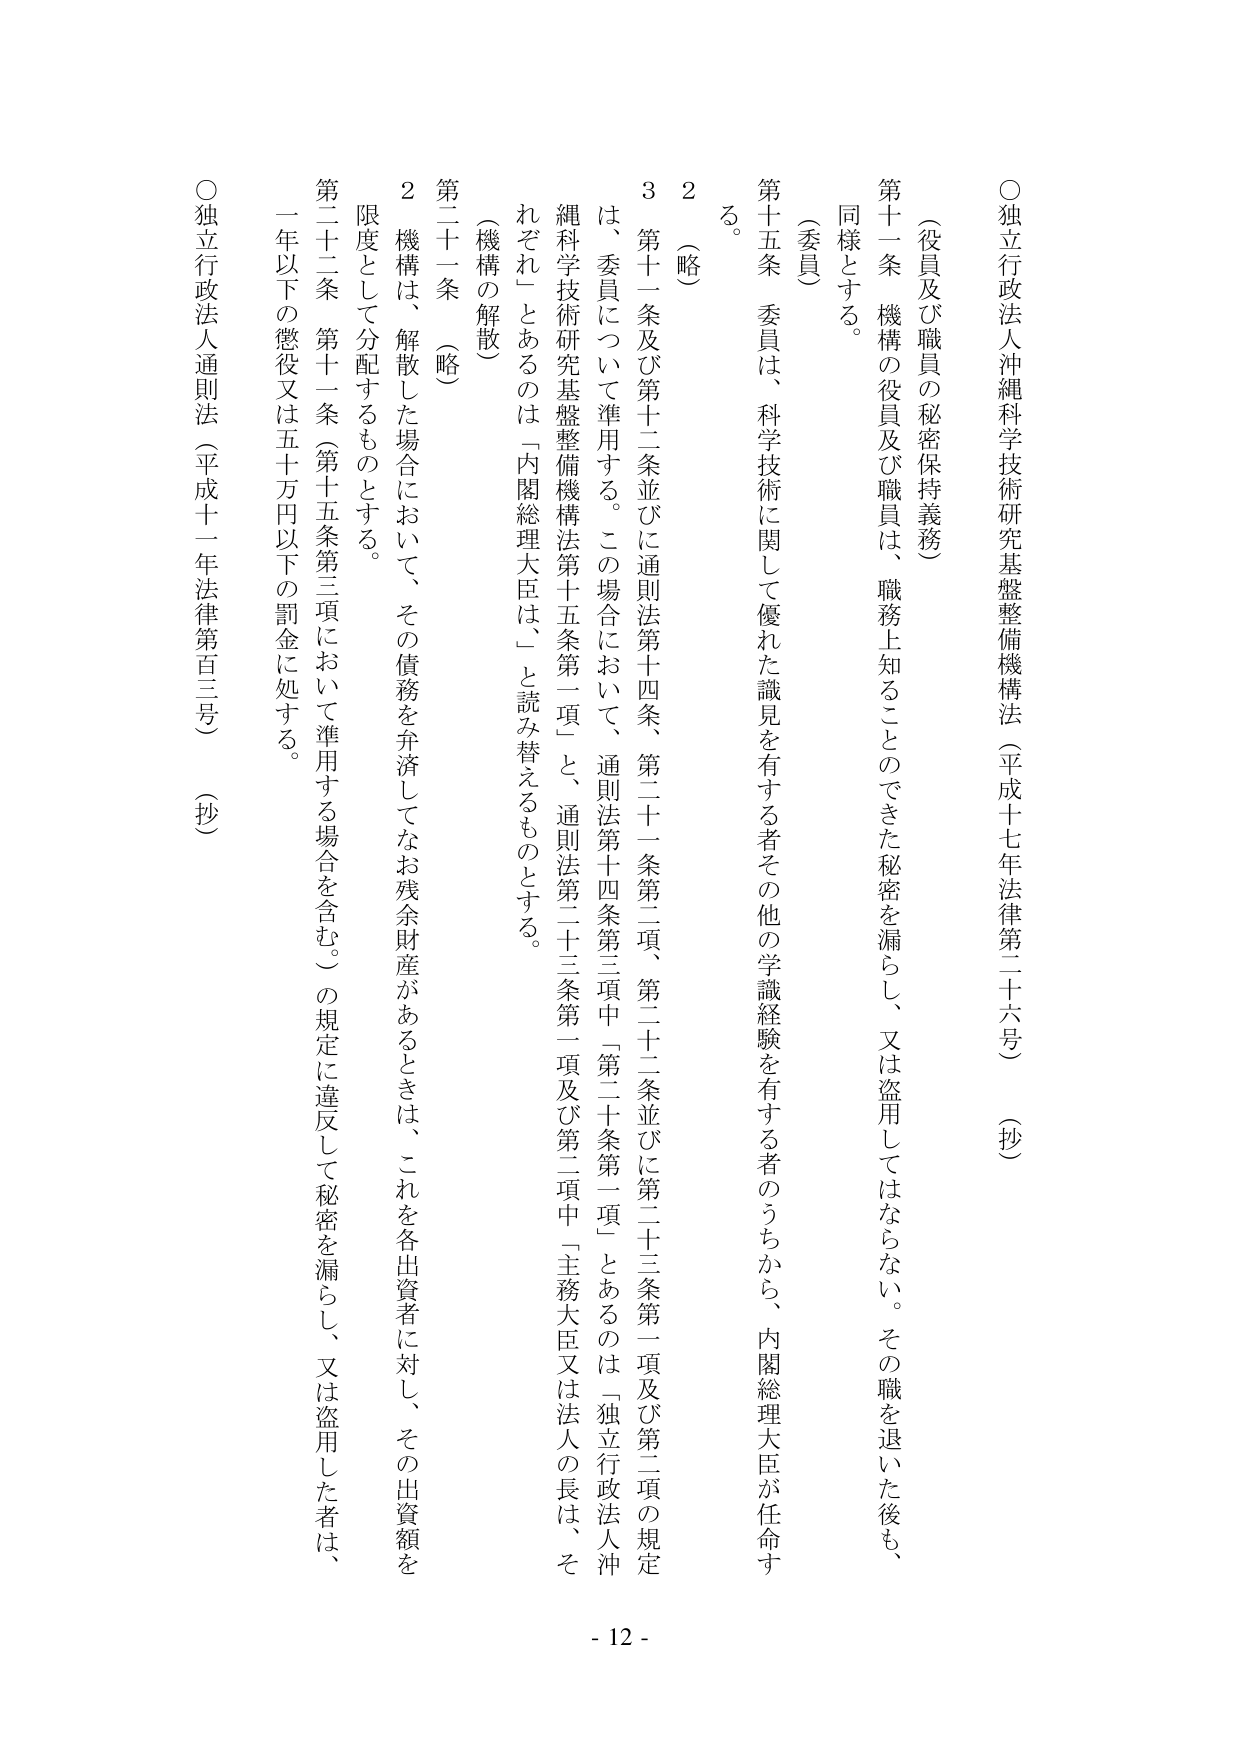
○独立行政法人沖縄科学技術研究基盤整備機構法（平成十七年法律第二十六号）（抄）

（役員及び職員の秘密保持義務）

第十一條 機構の役員及び職員は、職務上知ることのできた秘密を漏らし、又は盗用してはならない。その職を退いた後も、同様とする。

（委員）

第十五條 委員は、科学技術に関して優れた識見を有する者その他学識経験を有する者のうちから、内閣総理大臣が任命する。

２ （略）

３ 第十一條及び第十二條並びに通則法第十四條、第二十一條第二項、第二十二條並びに第二十三條第一項及び第二項の規定は、委員について準用する。この場合において、通則法第十四條第三項中「第二十条第一項」とあるのは「独立行政法人沖縄科学技術研究基盤整備機構法第十五條第一項」と、通則法第二十三條第一項及び第二項中「主務大臣又は法人の長は、それぞれ」とあるのは「内閣総理大臣は、」と読み替えるものとする。

（機構の解散）

第二十一條 （略）

２ 機構は、解散した場合において、その債務を弁済してなお残余財産があるときは、これを各出資者に対し、その出資額を限度として分配するものとする。

第二十二條 第十一條（第十五條第三項において準用する場合を含む。）の規定に違反して秘密を漏らし、又は盗用した者は、一年以下の懲役又は五十万円以下の罰金に処する。

○独立行政法人通則法（平成十一年法律第百三号）（抄）

- 12 -